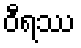
ဝီရဿ